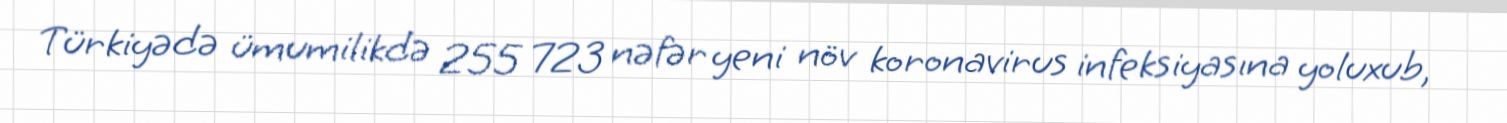
Türkiyədə ümumilikdə 255 723 nəfər yeni növ koronavirus infeksiyasına yoluxub,